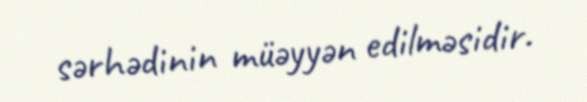
sərhədinin müəyyən edilməsidir.